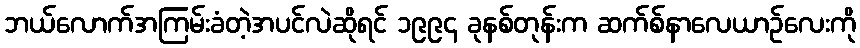
ဘယ်လောက်အကြမ်းခံတဲ့အပင်လဲဆိုရင် ၁၉၉၄ ခုနစ်တုန်းက ဆက်စ်နာလေယာဉ်လေးကို